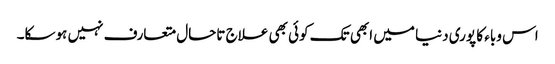
اس وباء کا پوری دنیا میں ابھی تک کوئی بھی علاج تاحال متعارف نہیں ہوسکا۔